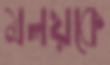
মলয়কে